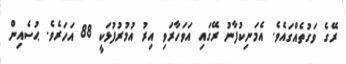
ރޭގެ ވަގުތެއްގައެވެ. އެމަނިކުފާނު ރޭގައި އަވަހާރަވި އިރު އުމުރުފުޅަކީ 88 އަހަރެވެ. ޙުސެއިން